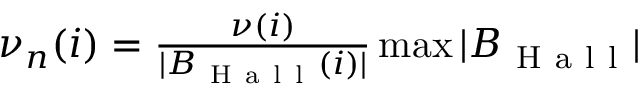
\begin{array} { r } { \nu _ { n } ( i ) = \frac { \nu ( i ) } { | B _ { \mathrm { ~ H ~ a ~ l ~ l ~ } } ( i ) | } \operatorname* { m a x } | B _ { \mathrm { ~ H ~ a ~ l ~ l ~ } } | } \end{array}